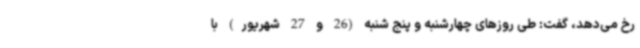
رخ می‌دهد، گفت: طی روزهای چهارشنبه و پنج شنبه (26 و 27 شهریور) با